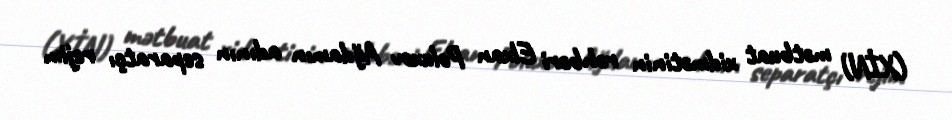
(XİN) mətbuat xidmətinin rəhbəri Elxan Poluxov Ağdamın adının separatçı rejim